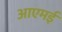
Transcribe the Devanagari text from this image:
आएमई